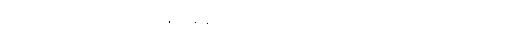
ကြီးမြင့်မှုတွေကြောင့် ချင့်ချိန်သုံးစွဲလာရတာ ကို ခက်ခဲပင်ပန်းလာပြီလို့